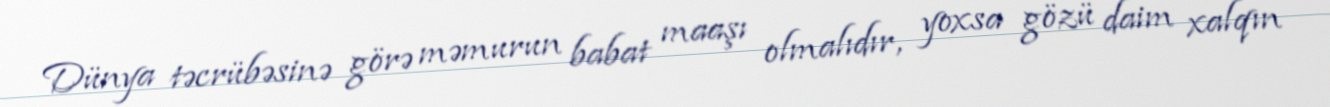
Dünya təcrübəsinə görə məmurun babat maaşı olmalıdır, yoxsa gözü daim xalqın